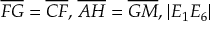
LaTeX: { \overline { { F G } } } = { \overline { { C F } } } { \mathrm { , } } \; { \overline { { A H } } } = { \overline { { G M } } } { \mathrm { , } } \; | E _ { 1 } E _ { 6 } |